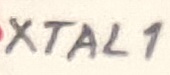
Text: XTAL1